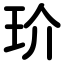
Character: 玠